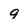
Character: 9